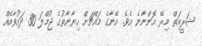
ޝަރީއަތް މިރޭ އޮންނާނެ އެވެ. އޭނާގެ މައްޗަށް ހިޔާނާތުގެ ޖުމްލަ 30 ދައުވާއެއް